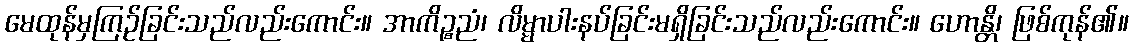
မေထုန်မှကြဉ်ခြင်းသည်လည်းကောင်း။ အာကိဉ္စညံ၊ လိမ္မာပါးနပ်ခြင်းမရှိခြင်းသည်လည်းကောင်း။ ဟောန္တိ၊ ဖြစ်ကုန်၏။